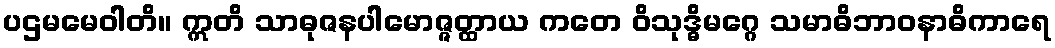
ပဌမမေဝါတိ။ ဣတိ သာဓုဇနပါမောဇ္ဇတ္ထာယ ကတေ ဝိသုဒ္ဓိမဂ္ဂေ သမာဓိဘာဝနာဓိကာရေ